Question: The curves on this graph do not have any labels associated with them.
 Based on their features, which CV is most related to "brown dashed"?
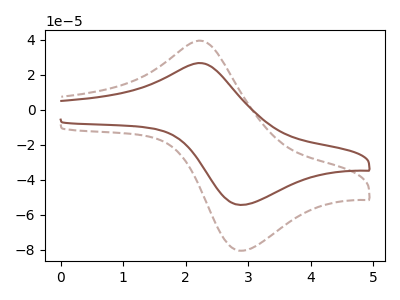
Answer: <think>The brown dashed curve "brown dashed" has an anodic peak at (2.20V, 39.40uA) and a cathodic peak at (2.90V, -80.60uA). The brown curve "brown" has an anodic peak at (2.20V, 26.60uA) and a cathodic peak at (2.90V, -54.40uA).
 All the peaks in "brown dashed" have a peak in "brown" at the same potential. Every peak in "brown dashed" is higher than every peak in "brown".</think>
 <answer>The CV with the most similar shape to "brown" is "brown dashed".</answer>
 <eval>"brown dashed"</eval>